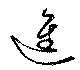
進